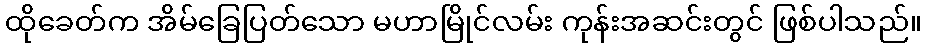
ထိုခေတ်က အိမ်ခြေပြတ်သော မဟာမြိုင်လမ်း ကုန်းအဆင်းတွင် ဖြစ်ပါသည်။